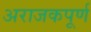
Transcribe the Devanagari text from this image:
अराजकपूर्ण